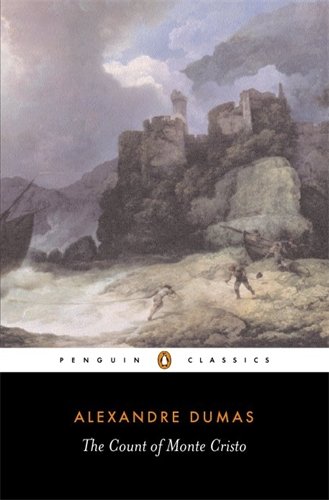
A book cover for The Count of Monte Cristo (Penguin Classics); Alexandre Dumas pÃ¨re; Literature & Fiction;